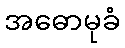
အဓောမုခံ